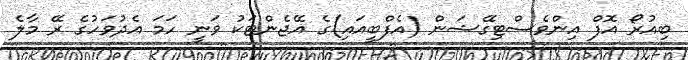
ބިއުރޯ އޮފް އިންވެސްޓިގޭޝަން (އެފްބީއައި)ގެ އޭޖެންޓަކު ވަނީ ހަމަ އެދުވަހުގެ ރޭ މާލެ